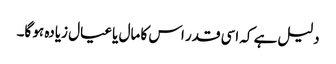
دلیل ہے کہ اسی قدر اس کا مال یا عیال زیادہ ہو گا۔